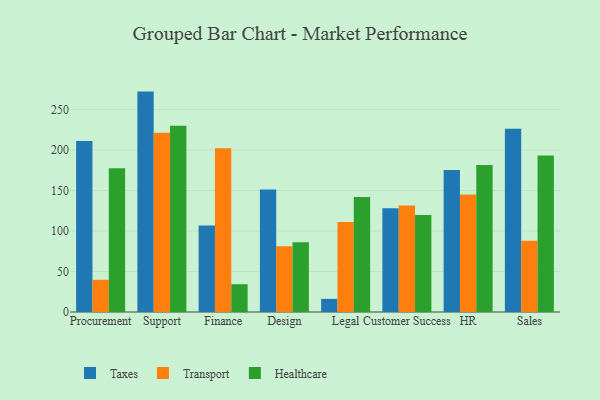
{"axis": {"x": "Department", "y": "Inventory Turnover"}, "legend": ["Healthcare", "Taxes", "Transport"], "data": [{"x": "Procurement", "y": 211.1, "type": "Taxes"}, {"x": "Procurement", "y": 39.8, "type": "Transport"}, {"x": "Procurement", "y": 177.4, "type": "Healthcare"}, {"x": "Support", "y": 272.2, "type": "Taxes"}, {"x": "Support", "y": 221.5, "type": "Transport"}, {"x": "Support", "y": 229.9, "type": "Healthcare"}, {"x": "Finance", "y": 106.7, "type": "Taxes"}, {"x": "Finance", "y": 202.3, "type": "Transport"}, {"x": "Finance", "y": 34.3, "type": "Healthcare"}, {"x": "Design", "y": 151.4, "type": "Taxes"}, {"x": "Design", "y": 81.3, "type": "Transport"}, {"x": "Design", "y": 86.1, "type": "Healthcare"}, {"x": "Legal", "y": 16.2, "type": "Taxes"}, {"x": "Legal", "y": 111.0, "type": "Transport"}, {"x": "Legal", "y": 141.9, "type": "Healthcare"}, {"x": "Customer Success", "y": 128.0, "type": "Taxes"}, {"x": "Customer Success", "y": 131.4, "type": "Transport"}, {"x": "Customer Success", "y": 119.8, "type": "Healthcare"}, {"x": "HR", "y": 175.4, "type": "Taxes"}, {"x": "HR", "y": 145.0, "type": "Transport"}, {"x": "HR", "y": 181.5, "type": "Healthcare"}, {"x": "Sales", "y": 226.2, "type": "Taxes"}, {"x": "Sales", "y": 87.9, "type": "Transport"}, {"x": "Sales", "y": 193.4, "type": "Healthcare"}]}